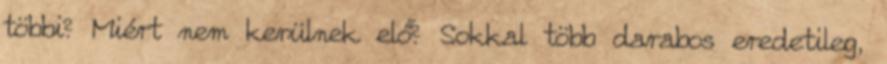
többi? Miért nem kerülnek elő? Sokkal több darabos eredetileg,